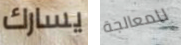
يسارك للمعالجة